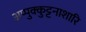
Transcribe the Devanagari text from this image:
अप्पुक्कुट्टनाशारि